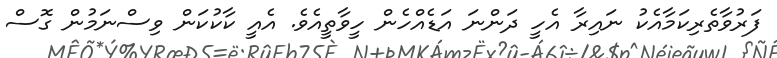
ފަރުވާތެރިކަމާއެކު ނައިރާ އެހީ ދަންނަ އަޑެއްހެން ހީވާތީއެވެ. އެއީ ކާކުކަން ވިސްނަމުން ގޮސް